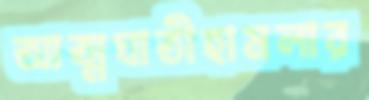
আত্মঘাতীহামলার